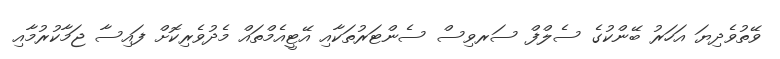
ވޭތުވެދިޔަ އަހަރު ބޭންކުގެ ސެލްފް ސަރވިސް ސެންޓަރުތަކާއި އޭޓީއެމްތައް މެދުވެރިކޮށް ފައިސާ ޖަމާކުރުމާއި